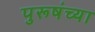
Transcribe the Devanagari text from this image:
पुरूषंच्या